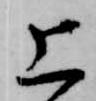
上